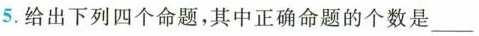
5.给出下列四个命题，其中正确命题的个数是___